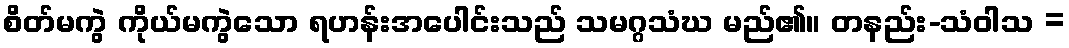
စိတ်မကွဲ ကိုယ်မကွဲသော ရဟန်းအပေါင်းသည် သမဂ္ဂသံဃ မည်၏။ တနည်း-သံဝါသ =